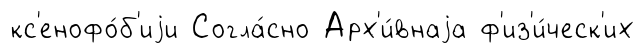
кс'енофо́б'иjи Согла́сно Арх'и́внаjа ф'из'и́ческ'их